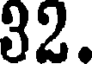
32.